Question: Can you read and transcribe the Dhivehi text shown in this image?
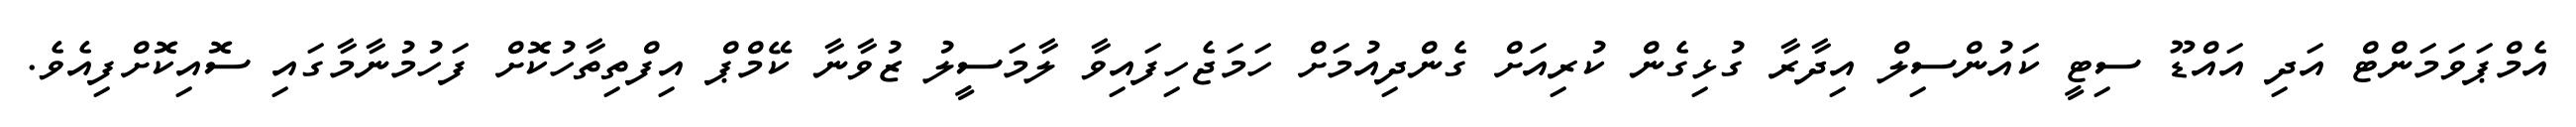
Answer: އެމްޕަވަމަންޓް އަދި އައްޑޫ ސިޓީ ކައުންސިލް އިދާރާ ގުޅިގެން ކުރިއަށް ގެންދިއުމަށް ހަމަޖެހިފައިވާ ލާމަސީލު ޒުވާނާ ކޭމްޕް އިފްތިތާހުކޮށް ފަހުމުނާމާގައި ސޮއިކޮށްފިއެވެ.